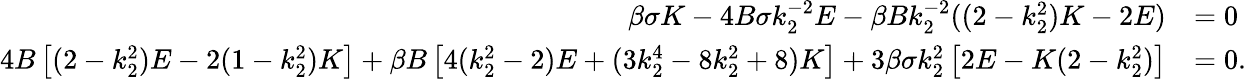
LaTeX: \begin{array}{rl}{\beta\sigma K-4B\sigma k_{2}^{-2}E-\beta Bk_{2}^{-2}((2-k_{2}^{2})K-2E)}&{=0}\\ {4B\left[(2-k_{2}^{2})E-2(1-k_{2}^{2})K\right]+\beta B\left[4(k_{2}^{2}-2)E+(3k_{2}^{4}-8k_{2}^{2}+8)K\right]+3\beta\sigma k_{2}^{2}\left[2E-K(2-k_{2}^{2})\right]}&{=0.}\end{array}